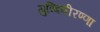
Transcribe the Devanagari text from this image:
गुब्बिवीरण्णा